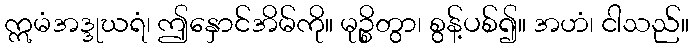
ဣမံအဒ္ဒုဃရံ၊ ဤနှောင်အိမ်ကို။ မုဉ္စိတွာ၊ စွန့်ပစ်၍။ အဟံ၊ ငါသည်။